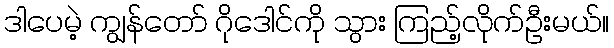
ဒါပေမဲ့ ကျွန်တော် ဂိုဒေါင်ကို သွား ကြည့်လိုက်ဦးမယ်။